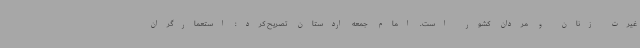
غیرت زنان و مردان کشور است. امام جمعه اردستان تصریح کرد: استعمارگران